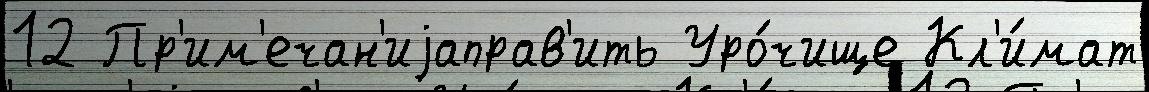
12 Пр'им'ечан'иjаправ'ить Уро́чище Кл'и́мат